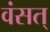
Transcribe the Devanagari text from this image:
वंसत्‌